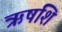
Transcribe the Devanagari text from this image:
ऋषशि